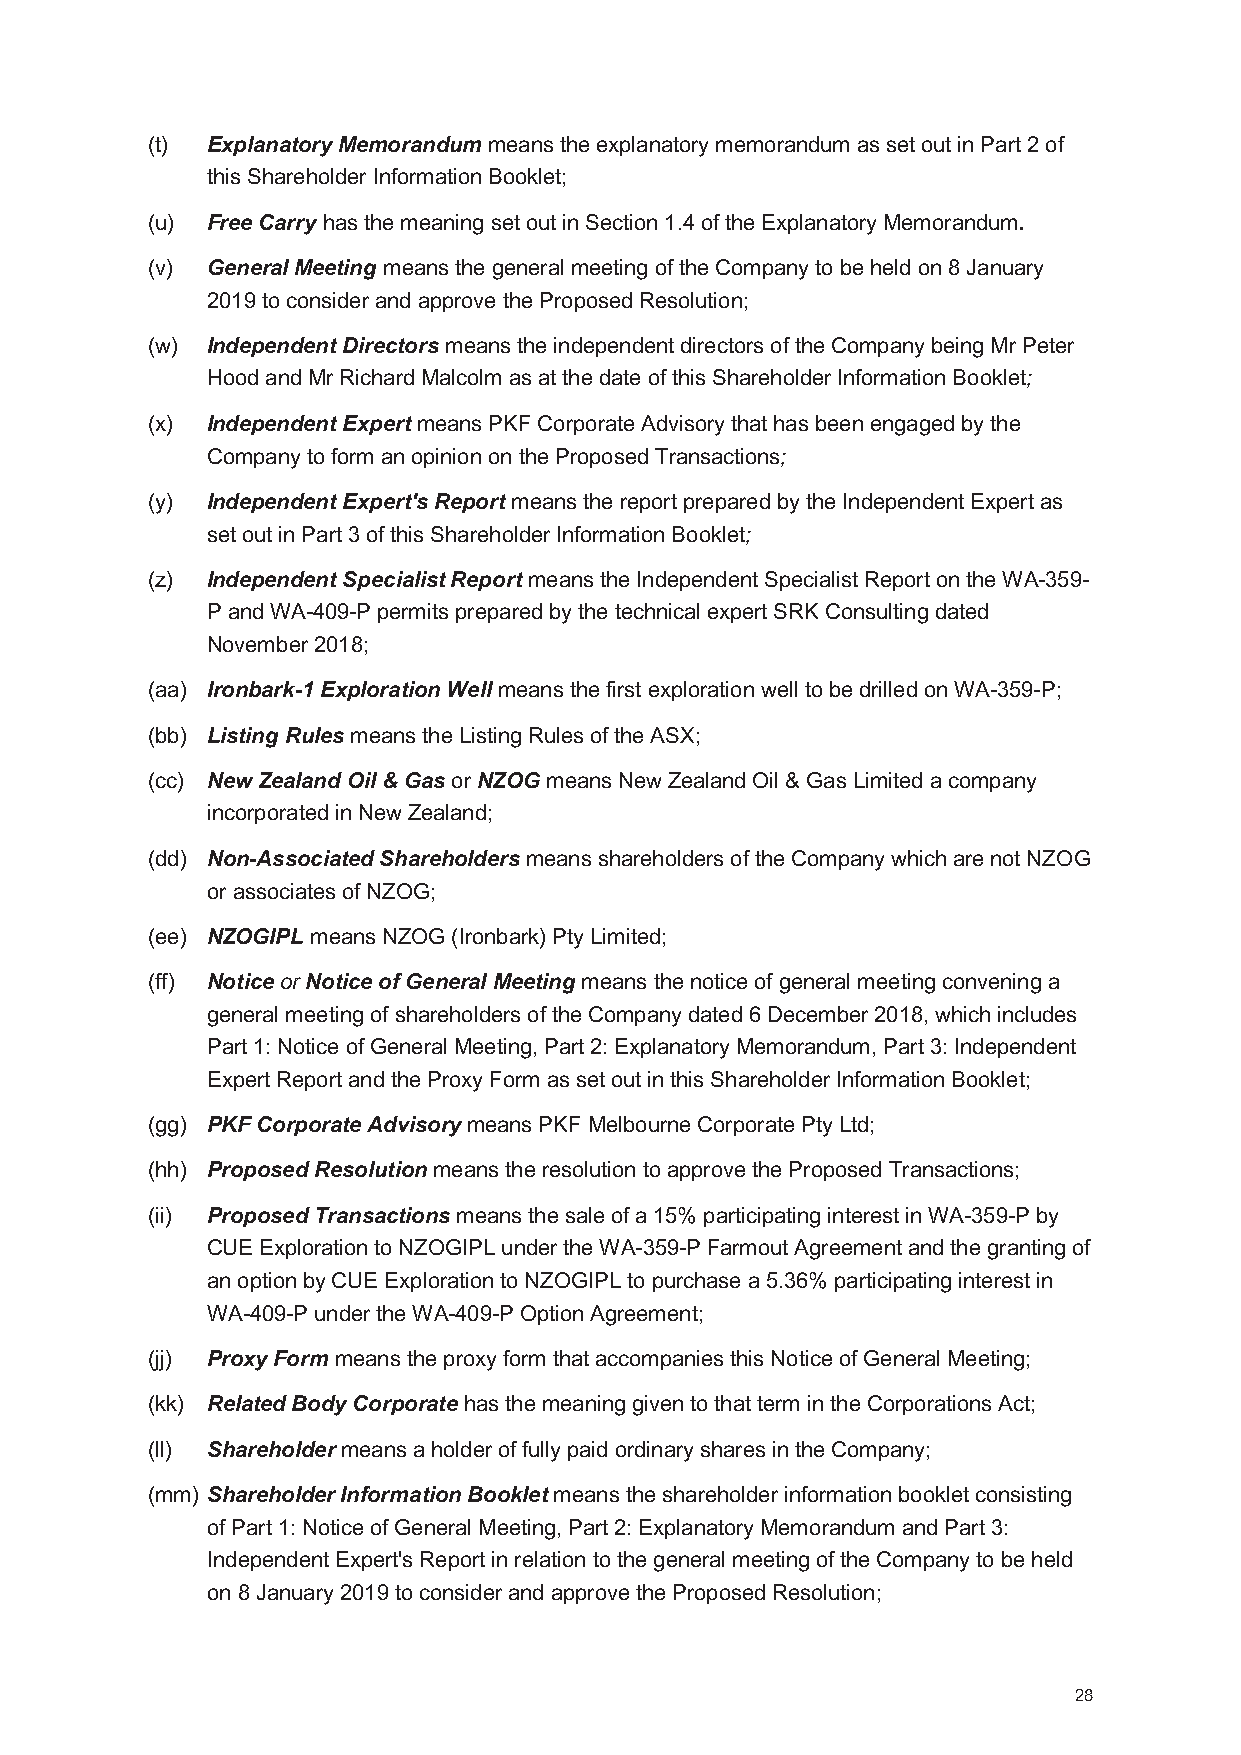
(t) Explanatory Memorandummeans the explanatory memorandum as set out in Part 2 of
 this Shareholder Information Booklet;
 (u) Free Carry has the meaning set out in Section 1.4of the Explanatory Memorandum.
 (v) General Meeting means the general meeting of the Company to be held on 8 January
 2019 to consider and approve the Proposed Resolution;
 (w) Independent Directors means the independent directors of the Company being Mr Peter
 Hood and Mr Richard Malcolm as at the date of this Shareholder Information Booklet;
 (x) Independent Expert means PKF Corporate Advisory that has been engaged by the
 Company to form an opinion on the Proposed Transactions;
 (y) Independent Expert's Report means the report prepared by the Independent Expert as
 set out in Part 3 of this Shareholder Information Booklet;
 (z) Independent Specialist Reportmeans the Independent Specialist Report on the WA-359-
 P and WA-409-P permits prepared by the technical expert SRK Consulting dated
 November 2018;
 (aa) Ironbark-1 Exploration Wellmeans the first exploration well to be drilled on WA-359-P;
 (bb) ListingRulesmeans the ListingRules of the ASX;
 (cc) New Zealand Oil & Gas or NZOGmeans New Zealand Oil & Gas Limited a company
 incorporated in New Zealand;
 (dd) Non-Associated Shareholders means shareholders of the Company which are not NZOG
 or associates of NZOG;
 (ee) NZOGIPL means NZOG (Ironbark) Pty Limited;
 (ff) Notice or Notice of General Meetingmeans the notice of general meeting convening a
 general meeting of shareholders of the Company dated 6 December2018, which includes
 Part 1: Notice of General Meeting, Part 2: Explanatory Memorandum, Part 3: Independent
 Expert Report and the Proxy Form as set out in this Shareholder Information Booklet;
 (gg) PKF Corporate Advisorymeans PKF Melbourne Corporate Pty Ltd;
 (hh) Proposed Resolutionmeans the resolution to approve the Proposed Transactions;
 (ii) Proposed Transactionsmeans the sale of a 15% participating interest in WA-359-P by
 CUE Exploration to NZOGIPL under the WA-359-P Farmout Agreement and the granting of
 anoption by CUE Exploration to NZOGIPL to purchase a 5.36% participating interest in
 WA-409-P under the WA-409-P Option Agreement;
 (jj) Proxy Form means the proxy form that accompanies this Notice of General Meeting;
 (kk) Related Body Corporatehas the meaning given to that term in the Corporations Act;
 (ll) Shareholdermeans a holder of fully paidordinary shares in the Company;
 (mm) Shareholder Information Bookletmeans the shareholder information booklet consisting
 of Part 1: Notice of General Meeting, Part 2: Explanatory Memorandum and Part 3:
 Independent Expert's Report in relation to the general meeting of the Company to be held
 on 8 January 2019 to consider and approve the Proposed Resolution;
 28